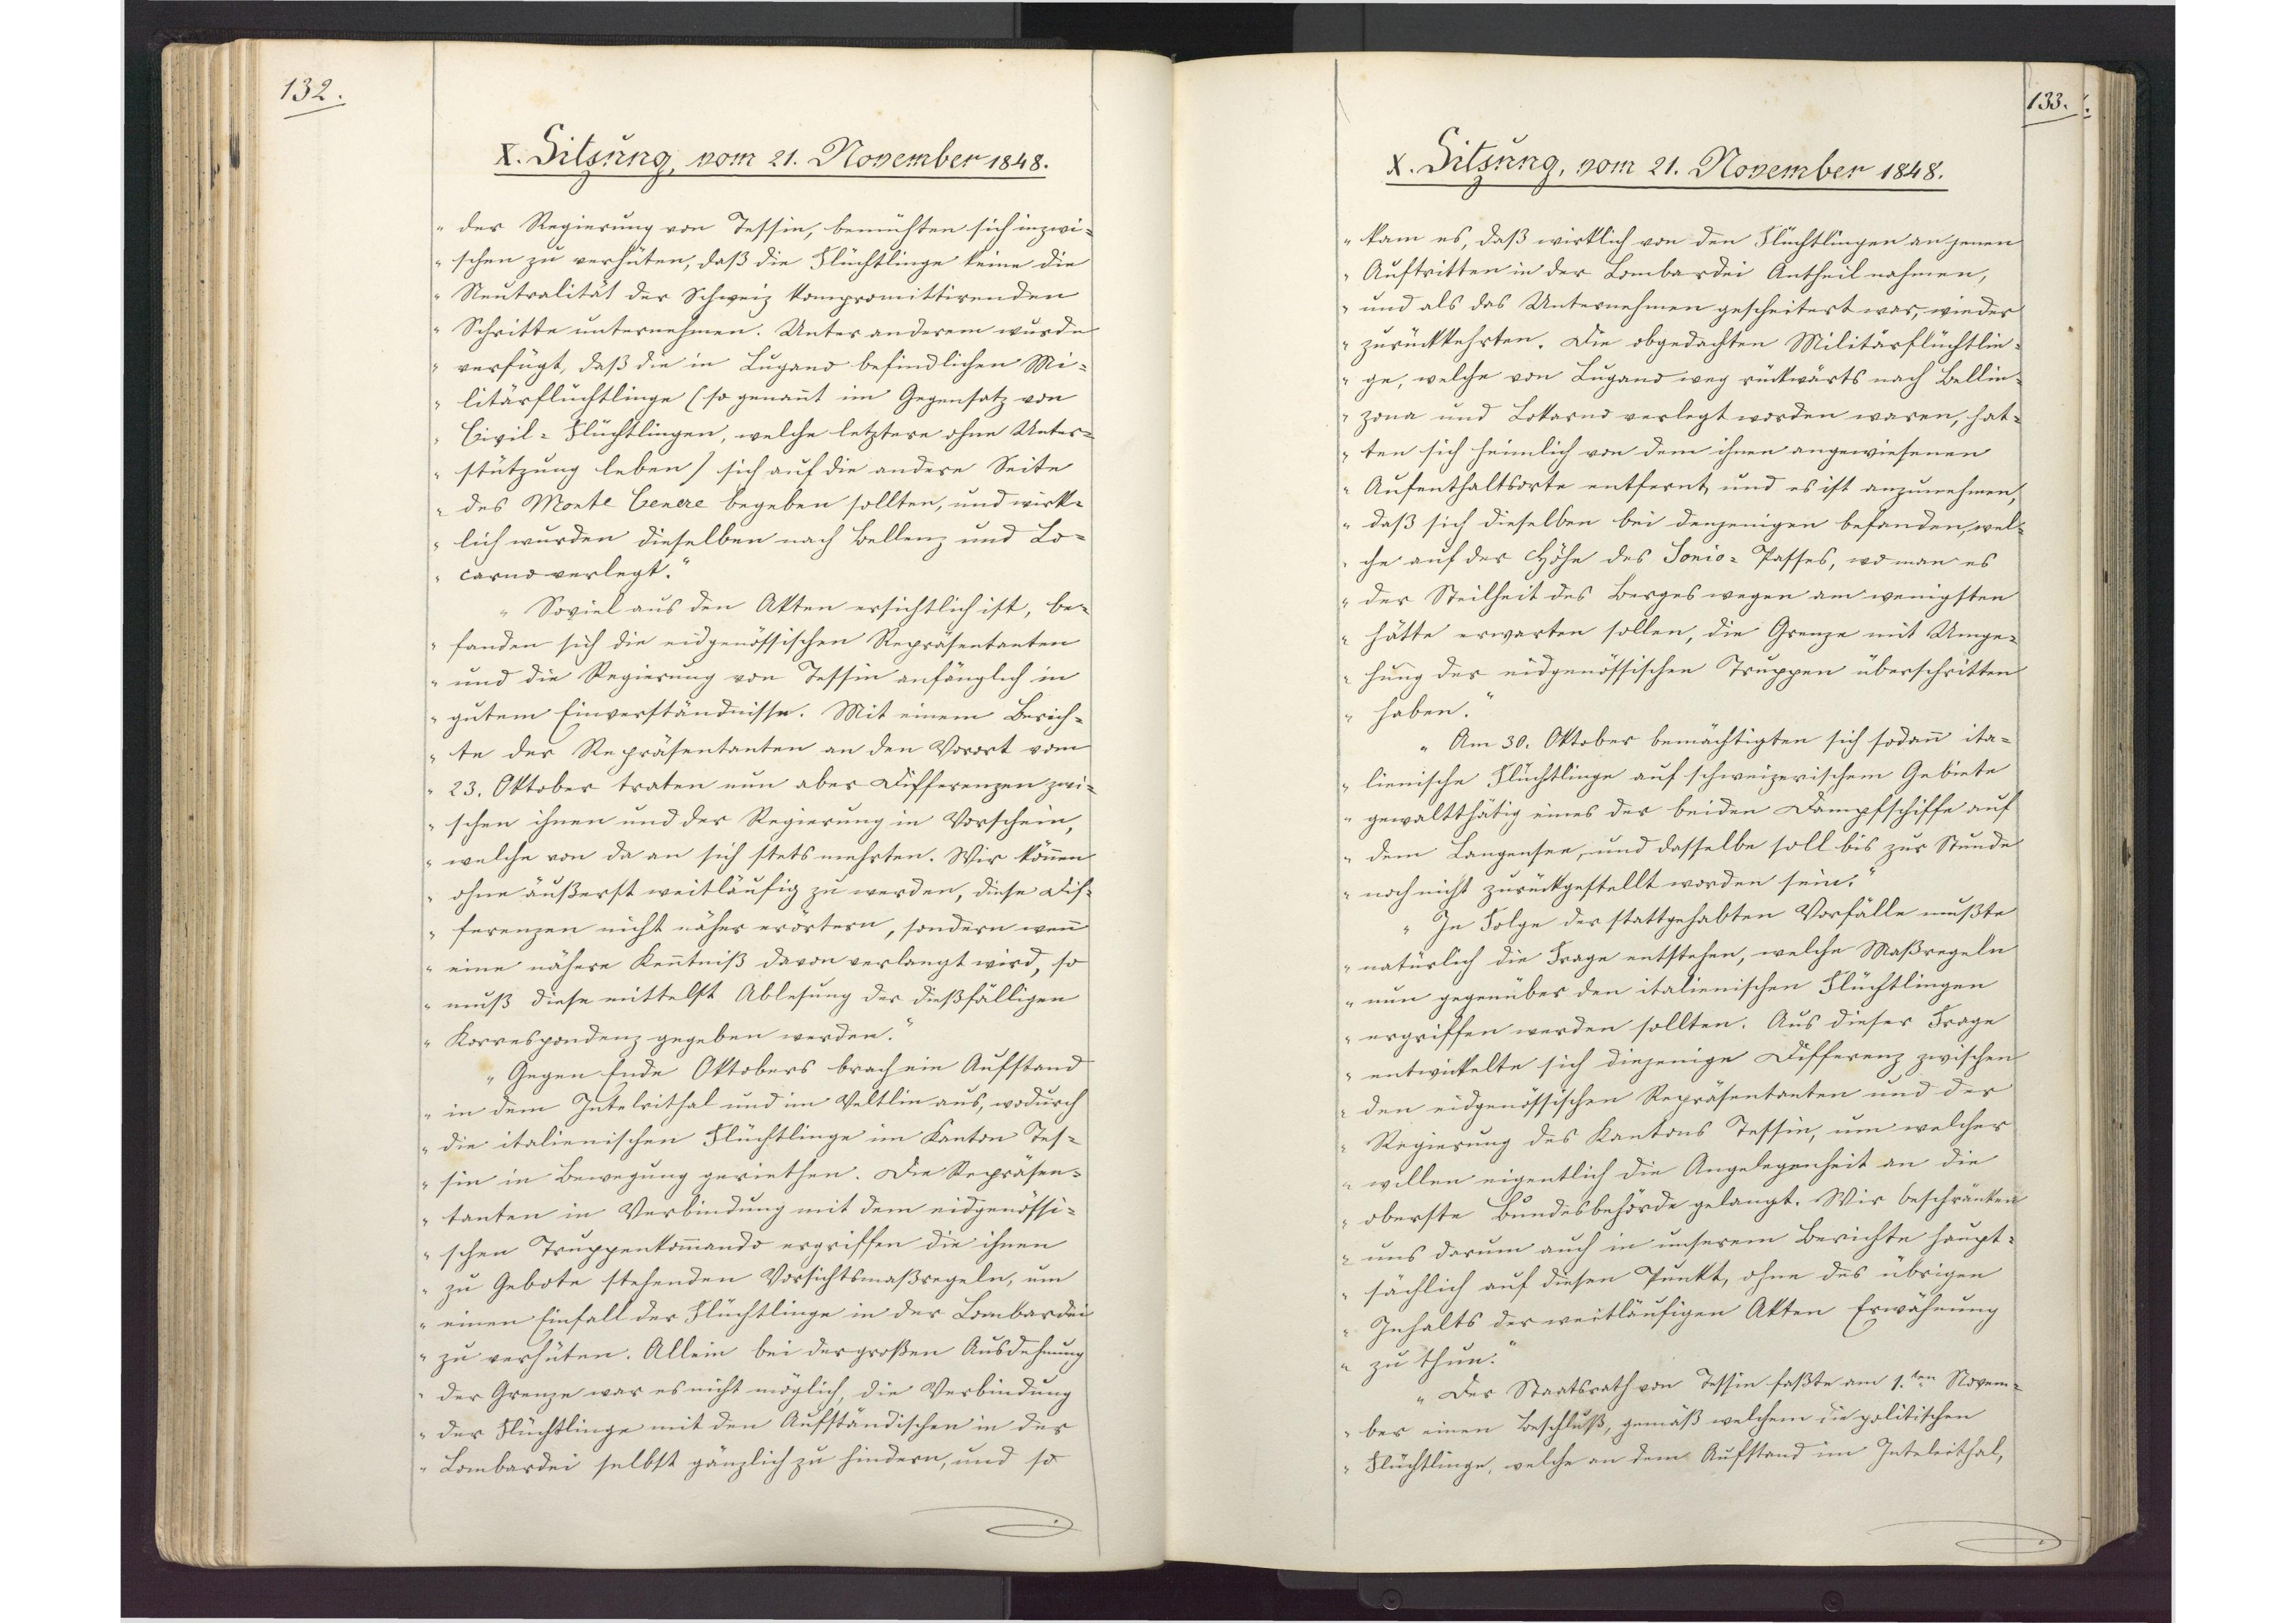
132.

X. Sitzung, vom 21. November 1848.

der Regierung von Tessin, bemühten sich inzwi¬
schen zu verhüten, daß die Flüchtlinge keine die
Neutralität der Schweiz kompromittirenden
Schritte unternehmen. Unter anderem wurde
verfügt, daß die in Lugano befindlichen Mi¬
litärflüchtlinge (so genannt im Gegensatz von
Civil-Flüchtlingen, welche letztere ohne Unter¬
stützung leben) sich auf die andere Seite
des Monte Cenere begeben sollten, und wirk¬
lich wurden dieselben nach Bellenz und Lo¬
carno verlegt.
Soviel aus den Akten ersichtlich ist, be¬
fanden sich die eidgenössischen Repräsentanten
und die Regierung von Tessin anfänglich in
gutem Einverständnisse. Mit einem Berich¬
te der Repräsentanten an den Vorort vom
23. Oktober traten nun aber Differenzen zwi¬
schen ihnen und der Regierung in Vorschein,
welche von da an sich stets mehrten. Wir können
ohne äußerst weitläufig zu werden, diese Dif¬
ferenzen nicht näher erörtern, sondern wenn
eine nähere Kenntniß davon verlangt wird, so
muß diese mittelst Ablesung der dießfälligen
Korrespondenz gegeben werden.
Gegen Ende Oktobers brach ein Aufstand
in dem Intelvithal und im Veltlin aus, wodurch
die italienischen Flüchtlinge im Kanton Tes¬
sin in Bewegung geriethen. Die Repräsen¬
tanten in Verbindung mit dem eidgenössi¬
schen Truppenkommando ergriffen die ihnen
zu Gebote stehenden Vorsichtsmaßregeln, um
einen Einfall der Flüchtlinge in der Lombardei
zu verhüten. Allein bei der großen Ausdehnung
der Grenze war es nicht möglich, die Verbindung
der Flüchtlinge mit den Aufständischen in der
Lombardei selbst gänzlich zu hindern, und so

133.

X. Sitzung, vom 21. November 1848.

kam es, daß wirklich von den Flüchtlingen an jenen
Auftritten in der Lombardei Antheil nahmen,
und als das Unternehmen gescheitert war, wieder
zurückkehrten. Die obgedachten Militärflüchtlin¬
ge, welche von Lugano weg rückwärts nach Bellin¬
zona und Lokarno verlegt worden waren, hat¬
ten sich heimlich von dem ihnen angewiesenen
Aufenthaltsorte entfernt, und es ist anzunehmen,
daß sich dieselben bei denjenigen befanden, wel¬
che auf der Höhe des Sonio-Passes, wo man es
der Steilheit des Berges wegen am wenigsten
hätte erwarten sollen, die Grenze mit Umge¬
hung der eidgenössischen Truppen überschritten
haben
Am 30. Oktober bemächtigten sich sodann ita¬
lienische Flüchtlinge auf schweizerischem Gebiete
gewaltthätig eines der beiden Dampfschiffe auf
dem Langensee, und dasselbe soll bis zur Stunde
noch nicht zurückgestellt worden sein.
In Folge der stattgehabten Vorfälle mußte
natürlich die Frage entstehen, welche Maßregeln
nun gegenüber den italienischen Flüchtlingen
ergriffen werden sollten. Aus dieser Frage
entwickelte sich diejenige Differenz zwischen
den eidgenössischen Repräsentanten und der
Regierung des Kantons Tessin, um welcher
willen eigentlich die Angelegenheit an die
oberste Bundesbehörde gelangt. Wir beschränken
uns darum auch in unserem Berichte haupt¬
sächlich auf diesen Punkt, ohne des übrigen
Inhalts der weitläufigen Akten Erwähnung
zu thun.
Der Staatsrath von Tessin faßte am 1.ten Novem¬
ber einen Beschluß, gemäß welchem die politischen
Flüchtlinge, welche an dem Aufstand im Intelvithal,